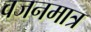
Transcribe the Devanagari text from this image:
वजनमात्र